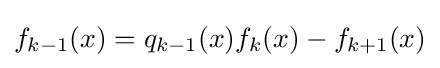
f_{k-1}(x)=q_{k-1}(x)f_{k}(x)-f_{k+1}(x)